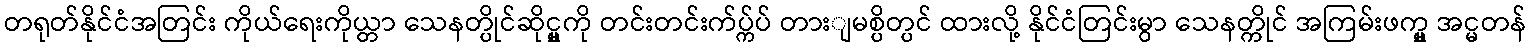
တရုတ်နိုင်ငံအတြင်း ကိုယ်ရေးကိုယ္တာ သေနတ္ပိုင်ဆိုင္မှုကို တင်းတင်းက်ပ္က်ပ် တားျမစ္ပိတ္ပင် ထားလို့ နိုင်ငံတြင်းမွာ သေနတ္ကိုင် အကြမ်းဖက္မှု အင္မတန်